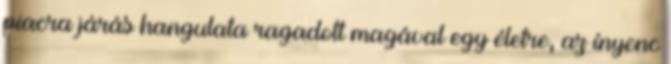
piacra járás hangulata ragadott magával egy életre, az ínyenc